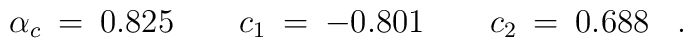
\alpha_c \> = \> 0.825 \quad \quad c_1 \> = \> -0.801\quad \quad c_2 \> = \> 0.688\;\;\;.